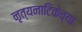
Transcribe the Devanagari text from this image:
नृत्यनाटिकेच्या